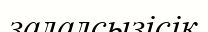
залалсызісік